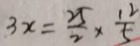
3 x = \frac { 2 5 } { 2 } \times \frac { 1 2 } { 5 }